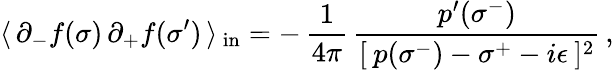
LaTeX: \langle\, \partial_{-}f(\sigma)\, \partial_{+}f(\sigma^{\prime})\, \rangle\, _{\mathrm{{in}}}=-\, \frac{1}{4\pi}\, \frac{p^{\prime}(\sigma^{-})}{[\: p(\sigma^{-})-\sigma^{+}-i\epsilon\: ]^{2}}\, ,